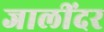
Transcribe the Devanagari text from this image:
जालींदर